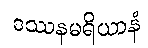
ဒဿနမရိယာနံ